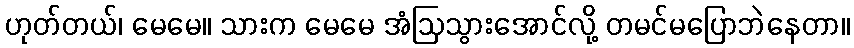
ဟုတ်တယ်၊ မေမေ။ သားက မေမေ အံဩသွားအောင်လို့ တမင်မပြောဘဲနေတာ။